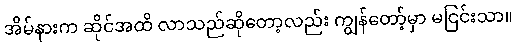
အိမ်နားက ဆိုင်အထိ လာသည်ဆိုတော့လည်း ကျွန်တော့်မှာ မငြင်းသာ။